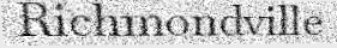
Richmondville